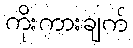
ကိုးကားချက်